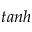
t a n h